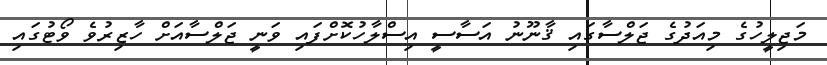
މަޖިލީހުގެ މިއަދުގެ ޖަލްސާގައި ޤާނޫނު އަސާސީ އިސްލާހުކޮށްފައި ވަނީ ޖަލްސާއަށް ހާޒިރުވެ ވޯޓުގައި